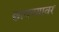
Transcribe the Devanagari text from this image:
छावण्यावर